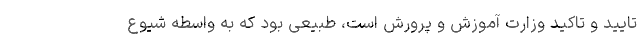
تایید و تاکید وزارت آموزش و پرورش است، طبیعی بود که به واسطه شیوع